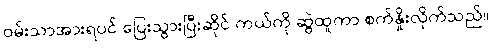
ဝမ်းသာအားရပင် ပြေးသွားပြီးဆိုင် ကယ်ကို ဆွဲထူကာ စက်နှိုးလိုက်သည်။